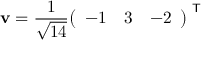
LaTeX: \mathbf { v } = { \frac { 1 } { \sqrt { 1 4 } } } { \left( \begin{array} { l l l } { - 1 } & { 3 } & { - 2 } \end{array} \right) } ^ { \textsf { T } }